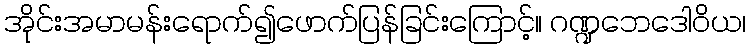
အိုင်းအမာမန်းရောက်၍ဖောက်ပြန်ခြင်းကြောင့်။ ဂဏ္ဍဘေဒေါဝိယ၊